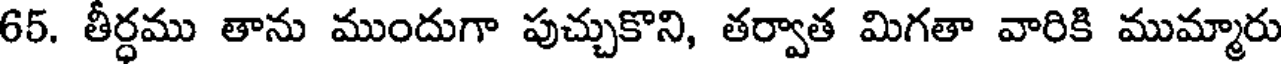
65. తీర్ధము తాను ముందుగా పుచ్చుకొని, తర్వాత మిగతా వారికి ముమ్మారు